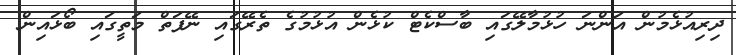
ދިރިއުޅެމުން އަންނަ ހުޅުމާލޭގައި ބާސްކެޓް ކުޅެން އުޅުމުގެ ތެރޭގައި ނޭފަތް މަތީގައި ބޯޅައިން